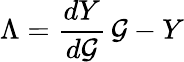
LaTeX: \Lambda=\frac{dY}{d{\cal G}}\, {\cal G}-Y